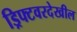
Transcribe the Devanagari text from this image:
ड्रिफ्टवरदेखील